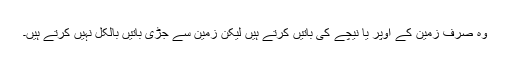
وہ صرف زمین کے اوپر یا نیچے کی باتیں کرتے ہیں لیکن زمین سے جڑی باتیں بالکل نہیں کرتے ہیں۔